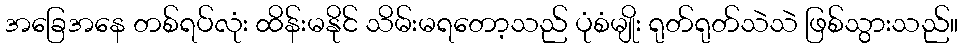
အခြေအနေ တစ်ရပ်လုံး ထိန်းမနိုင် သိမ်းမရတော့သည် ပုံစံမျိုး ရုတ်ရုတ်သဲသဲ ဖြစ်သွားသည်။